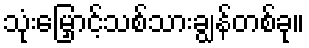
သုံးမြှောင့်သစ်သားချွန်တစ်ခု။